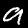
Label: 9